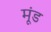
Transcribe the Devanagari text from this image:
मूंड